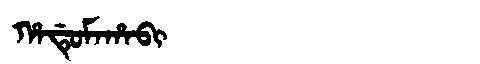
Manchu: ᡥᠠᡩᡠᠮᠠᡥᠠᠪᡳ
Romanization: HADUMAHABI